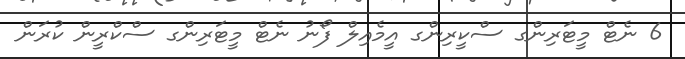
6 ނެޓް މީޓަރިންގ ސްކީރިންގ އީމެއިލް ފޯނު ނެޓް މީޓަރިންގ ސްކްރީން ކުރަން